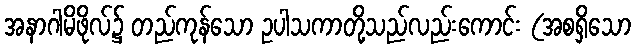
အနာဂါမိဖိုလ်၌ တည်ကုန်သော ဥပါသကာတို့သည်လည်းကောင်း (အစရှိသော